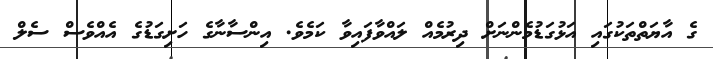
ގެ އާޔަތްތަކުގައި އަޅުގަޑުމެންނަށް ދިރުމެއް ލައްވާފައިވާ ކަމެވެ. އިންސާނާގެ ހަށިގަޑުގެ އެއްވެސް ސެލް